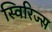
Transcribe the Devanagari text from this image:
स्विरिज्स